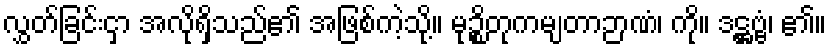
လွှတ်ခြင်းငှာ အလိုရှိသည်၏ အဖြစ်ကဲ့သို့။ မုဉ္စိတုကမျတာဉာဏံ၊ ကို။ ဒဋ္ဌဗ္ဗံ၊ ၏။